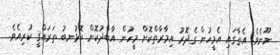
ނޫނެވެ. އެތާގައި އެމީހުން ގެދޮރު އިމާރާތްކޮށް މީހުން އާބާދުކޮށް ކޮޅުނބު ތަރައްޤީ ކުރިއެވެ.